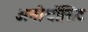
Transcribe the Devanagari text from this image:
अनोर्थोसिट